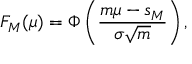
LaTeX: F _ { M } ( \mu ) = \Phi \left( { \frac { m \mu - s _ { M } } { \sigma { \sqrt { m } } } } \right) ,